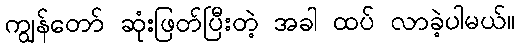
ကျွန်တော် ဆုံးဖြတ်ပြီးတဲ့ အခါ ထပ် လာခဲ့ပါမယ်။